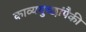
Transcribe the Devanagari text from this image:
काव्यगुच्छांपैकी